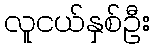
လူငယ်နှစ်ဦး